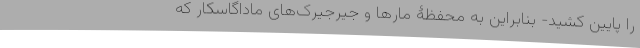
را پایین کشید- بنابراین به محفظۀ مارها و جیرجیرک‌های ماداگاسکار که